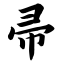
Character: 帚